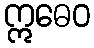
ဣဓေဝ